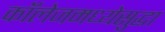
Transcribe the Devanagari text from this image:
कॉलेजमध्येसुद्धा